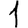
Digit: 1